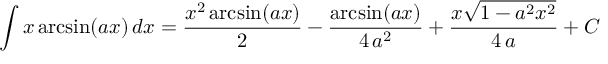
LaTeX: \int x \arcsin ( a x ) \, d x = { \frac { x ^ { 2 } \arcsin ( a x ) } { 2 } } - { \frac { \arcsin ( a x ) } { 4 \, a ^ { 2 } } } + { \frac { x { \sqrt { 1 - a ^ { 2 } x ^ { 2 } } } } { 4 \, a } } + C